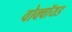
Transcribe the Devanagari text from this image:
वोक्वॉयड